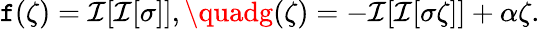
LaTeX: \mathtt{f}(\zeta)=\mathcal{{I}}[\mathcal{{I}}[\sigma]],\quadg(\zeta)=-\mathcal{{I}}[\mathcal{{I}}[\sigma\zeta]]+\alpha\zeta.